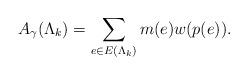
LaTeX: \begin{align*}A_\gamma(\Lambda_k) = \sum_{e \in E(\Lambda_k)} m(e) w(p(e)).\end{align*}